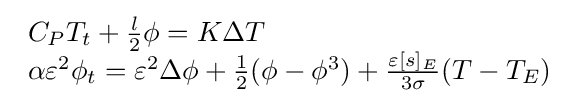
{\begin{array}{lcl}C_{P}T_{t}+{\frac {l}{2}}\phi =K\Delta T\\\alpha \varepsilon ^{2}\phi _{t}=\varepsilon ^{2}\Delta \phi +{\frac {1}{2}}(\phi -\phi ^{3})+{\frac {\varepsilon [s]_{E}}{3\sigma }}(T-T_{E})\end{array}}